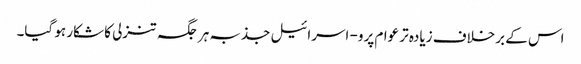
اس کے برخلاف زیادہ تر عوام پرو- اسرائیل جذبہ ہر جگہ تنزلی کا شکار ہو گیا۔